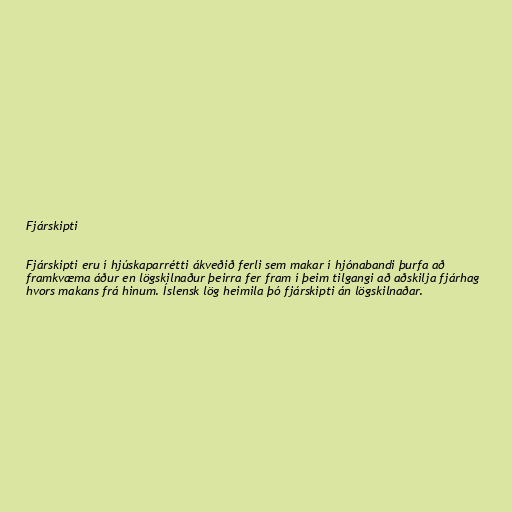
Fjárskipti

Fjárskipti eru í hjúskaparrétti ákveðið ferli sem makar í hjónabandi þurfa að
framkvæma áður en lögskilnaður þeirra fer fram í þeim tilgangi að aðskilja fjárhag
hvors makans frá hinum. Íslensk lög heimila þó fjárskipti án lögskilnaðar.